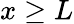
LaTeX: x\geq L